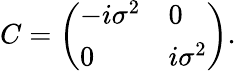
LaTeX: C=\left(\begin{array}{ll}{{-i\sigma^{2}}}&{{0}}\\ {{0}}&{{i\sigma^{2}}}\end{array}\right).